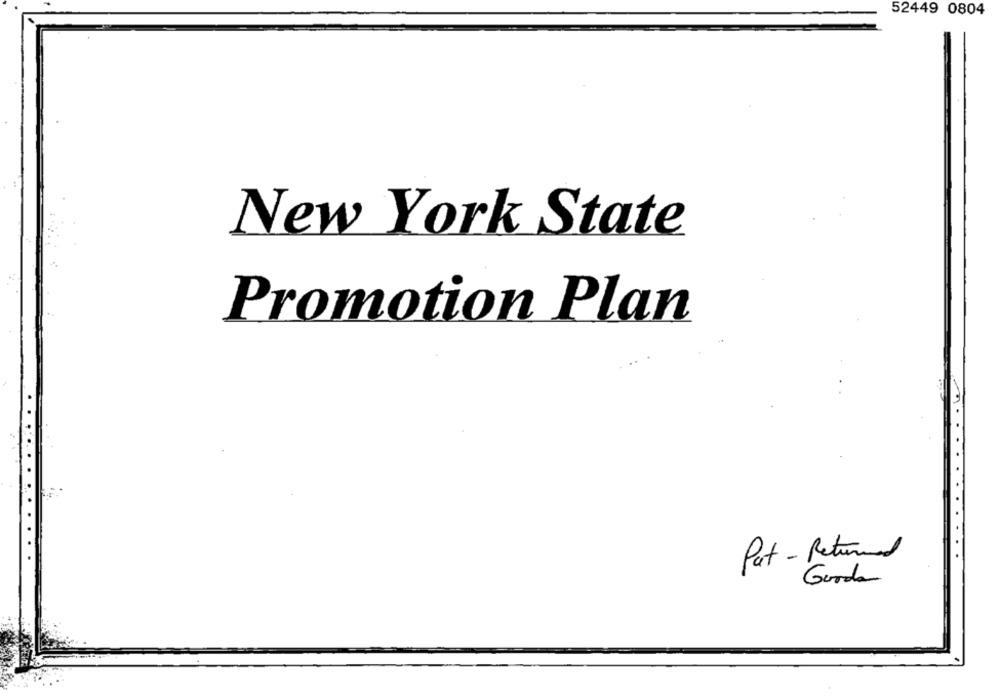
52449 0804
New York State
Promotion Plan
Pat - Returned
Gooda